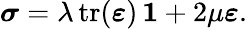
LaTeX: \boldsymbol{\sigma}=\lambda\, \mathrm{tr}(\boldsymbol{\varepsilon})\, \boldsymbol{1}+2\mu\boldsymbol{\varepsilon}.